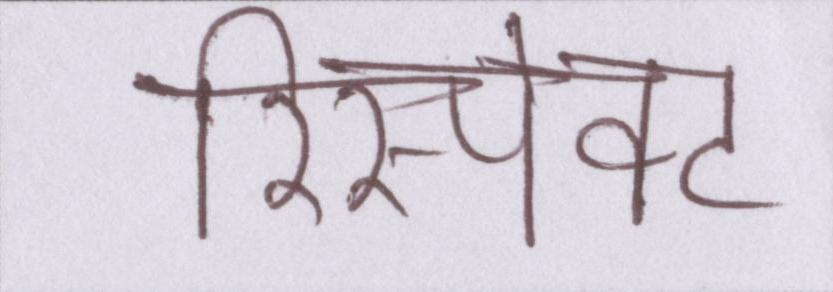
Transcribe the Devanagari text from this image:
रिस्पेक्ट